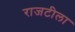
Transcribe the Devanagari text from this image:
राजटीला